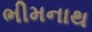
ભીમનાથ